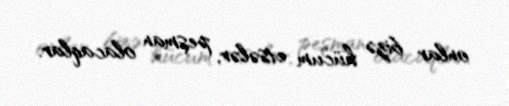
onlar bizə hücum etsələr, peşman olacaqlar.